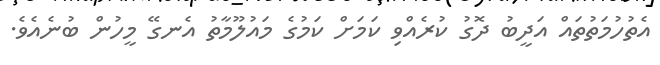
އެތުހުމަތުތައް އަދީބު ދޮގު ކުރެއްވި ކަމަށް ކަމުގެ މައުލޫމާތު އެނގޭ މީހުން ބުނެއެވެ.